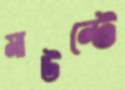
মাউন্টে